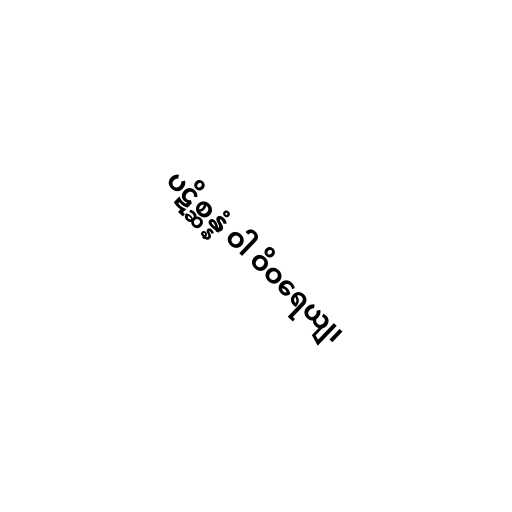
ပဋိစ္ဆန္နံ ဝါ ဝိဝရေယျ၊